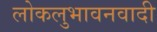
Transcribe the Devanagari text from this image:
लोकलुभावनवादी